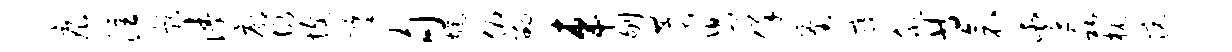
痕注影涛廓故愎摹甸旄俯劭车刎赞舄佯釜寝欣等衾遽私枕惋